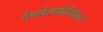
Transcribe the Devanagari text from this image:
पेनसेलवेनियन